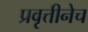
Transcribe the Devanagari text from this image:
प्रवृत्तीनेच